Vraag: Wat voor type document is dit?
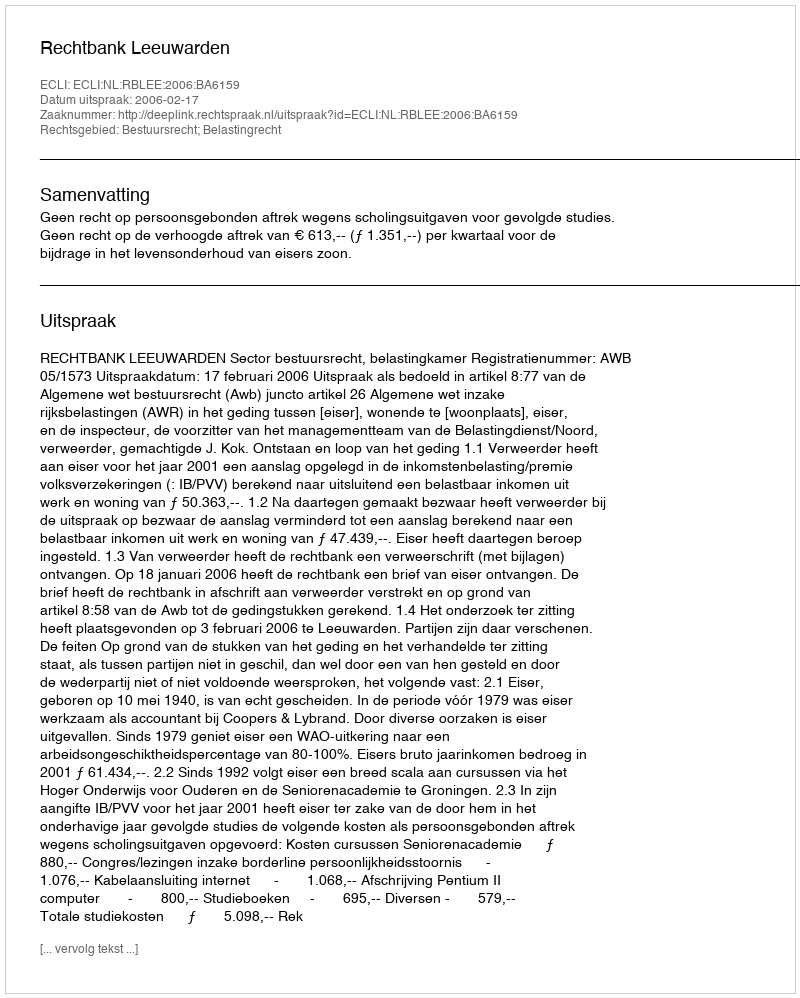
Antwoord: Uitspraak